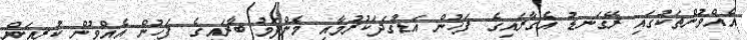
އެއްވުންތަކުގައި ރޭގަނޑު އެގާރައިގެ ފަހުން އަޑުގަދަކުރުމާއި މެންދަމު ބާރައިގެ ފަހުން އެއްވުން ކުރިއަށް